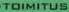
TOIMITUS